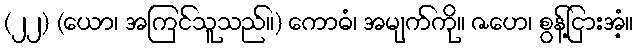
(၂၂) (ယော၊ အကြင်သူသည်။) ကောဓံ၊ အမျက်ကို။ ဇဟေ၊ စွန့်ငြားအံ့။